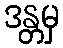
ဒန္တမှ